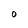
Character: 0